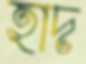
হাদ